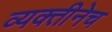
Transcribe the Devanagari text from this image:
व्यक्तीनेच